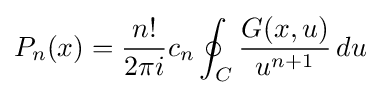
P_{n}(x)={\frac {n!}{2\pi i}}c_{n}\oint _{C}{\frac {G(x,u)}{u^{n+1}}}\,du